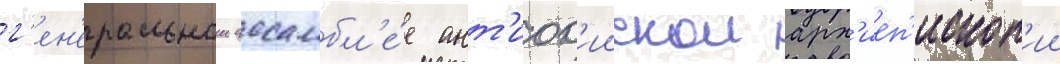
г'ен'еральнои ассамбл'е́е ант'иох'иискои арх'иеп'ископ'ии